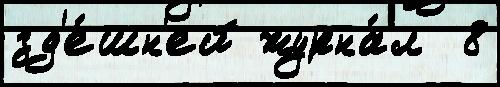
зд'е́шн'ей журна́л  8